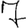
Digit: 7